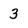
Character: 3